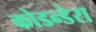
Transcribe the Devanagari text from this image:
कोडन्डेरा